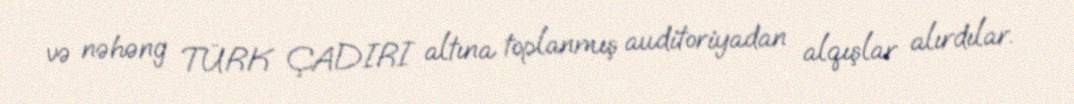
və nəhəng TÜRK ÇADIRI altına toplanmış auditoriyadan alqışlar alırdılar.